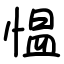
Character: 愠